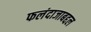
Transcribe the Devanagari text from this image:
फलंदाजाबद्दल